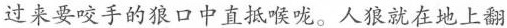
过来要咬手的狼口中直抵喉咙。人狼就在地上翻